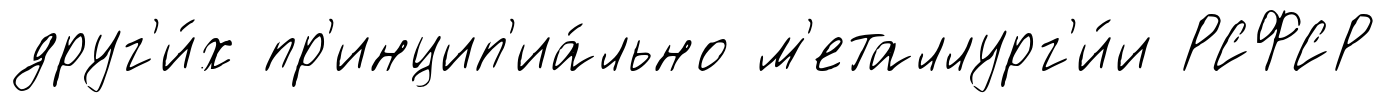
друг'и́х пр'инцип'иа́льно м'еталлург'и́и РСФСР